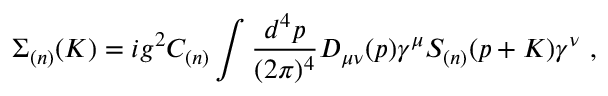
\Sigma _ { ( n ) } ( K ) = i g ^ { 2 } C _ { ( n ) } \int { \frac { d ^ { 4 } p } { ( 2 \pi ) ^ { 4 } } } D _ { \mu \nu } ( p ) \gamma ^ { \mu } S _ { ( n ) } ( p + K ) \gamma ^ { \nu } \ ,